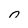
Character: 0